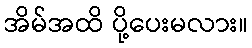
အိမ်အထိ ပို့ပေးမလား။